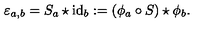
\varepsilon _ { a , b } = S _ { a } \star \mathrm { i d } _ { b } : = ( \phi _ { a } \circ S ) \star \phi _ { b } .